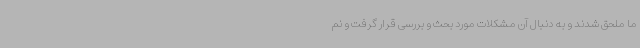
ما ملحق شدند و به دنبال آن مشکلات مورد بحث و بررسی قرار گرفت و نم